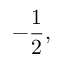
\displaystyle - \frac { 1 } { 2 } ,